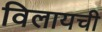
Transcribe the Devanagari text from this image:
विलायची